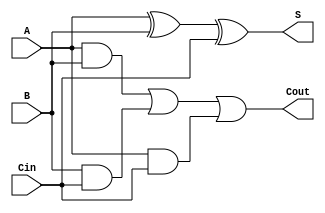
module full_adder (
    input A,
    input B,
    input Cin,
    output S,
    output Cout
);

// Declare internal signals
reg sum;
reg carry;

// Behavioral modeling block for full adder functionality
always @* begin
    sum = A ^ B ^ Cin;
    carry = (A & B) | (B & Cin) | (A & Cin);
end

// Assign outputs
assign S = sum;
assign Cout = carry;

endmodule